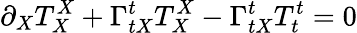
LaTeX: \partial_{X}T_{X}^{X}+\Gamma_{tX}^{t}T_{X}^{X}-\Gamma_{tX}^{t}T_{t}^{t}=0